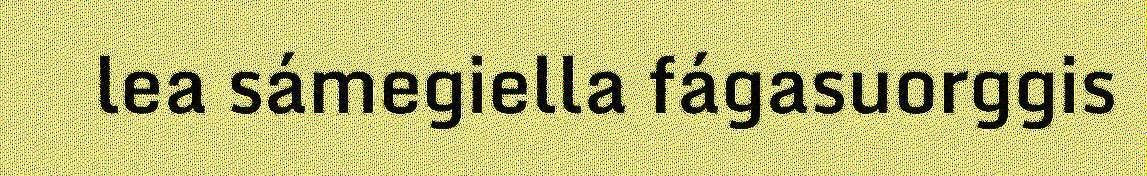
lea sámegiella fágasuorggis